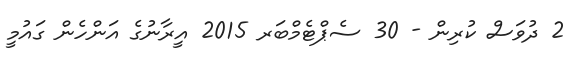
2 ދުވަސް ކުރިން - 30 ސެޕްޓެމްބަރ 2015 އީރާނުގެ އަންހެން ގައުމީ